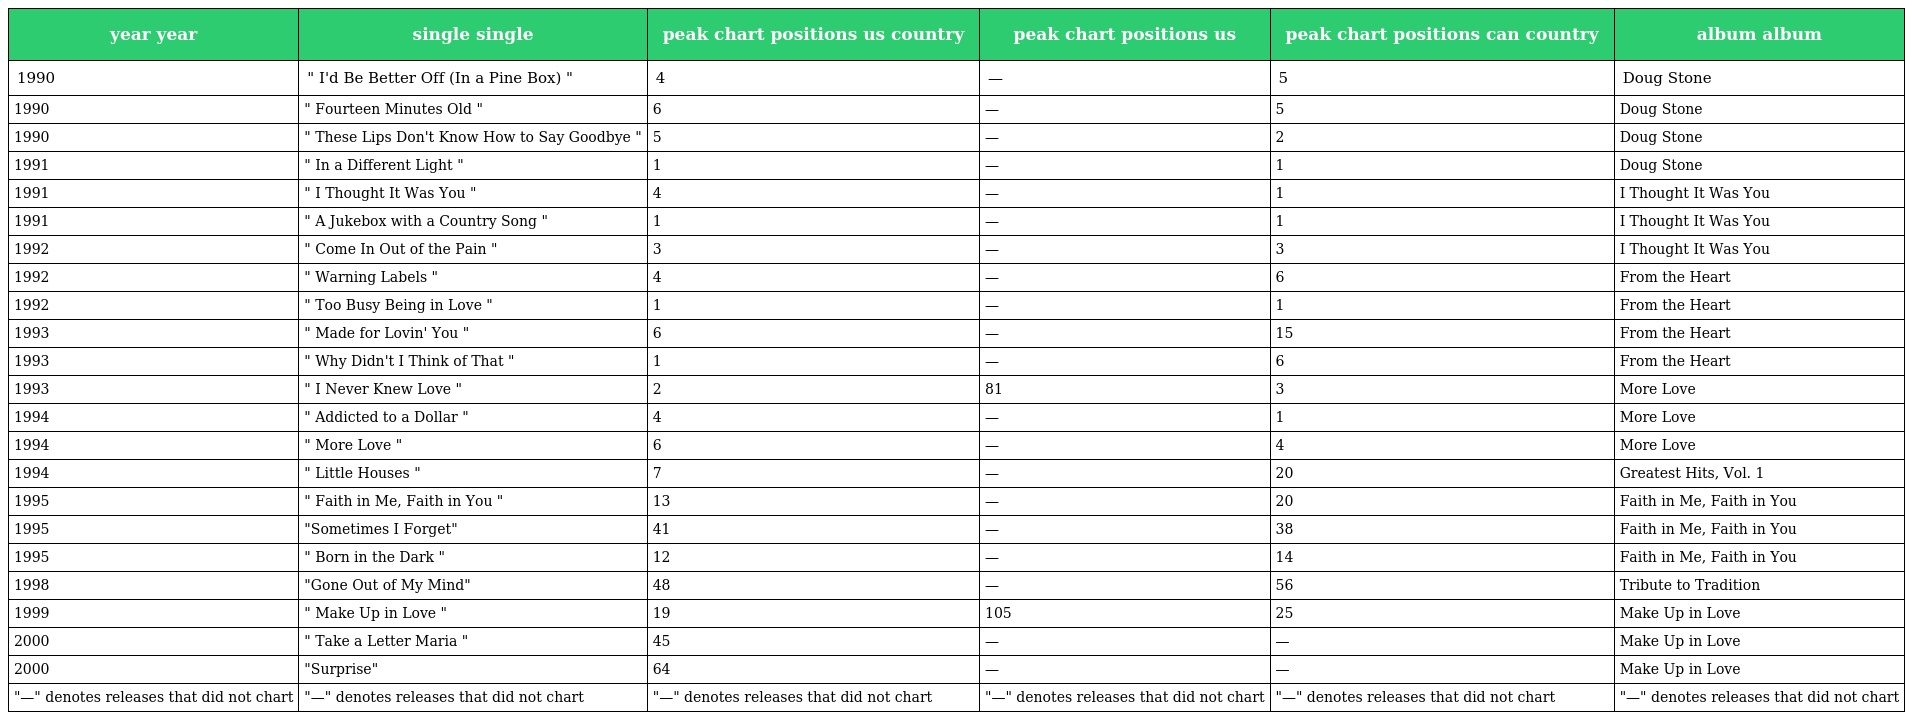
| year year | single single | peak chart positions us country | peak chart positions us | peak chart positions can country | album album |
 | --- | --- | --- | --- | --- | --- |
 | 1990 | " I'd Be Better Off (In a Pine Box) " | 4 | — | 5 | Doug Stone |
 | 1990 | " Fourteen Minutes Old " | 6 | — | 5 | Doug Stone |
 | 1990 | " These Lips Don't Know How to Say Goodbye " | 5 | — | 2 | Doug Stone |
 | 1991 | " In a Different Light " | 1 | — | 1 | Doug Stone |
 | 1991 | " I Thought It Was You " | 4 | — | 1 | I Thought It Was You |
 | 1991 | " A Jukebox with a Country Song " | 1 | — | 1 | I Thought It Was You |
 | 1992 | " Come In Out of the Pain " | 3 | — | 3 | I Thought It Was You |
 | 1992 | " Warning Labels " | 4 | — | 6 | From the Heart |
 | 1992 | " Too Busy Being in Love " | 1 | — | 1 | From the Heart |
 | 1993 | " Made for Lovin' You " | 6 | — | 15 | From the Heart |
 | 1993 | " Why Didn't I Think of That " | 1 | — | 6 | From the Heart |
 | 1993 | " I Never Knew Love " | 2 | 81 | 3 | More Love |
 | 1994 | " Addicted to a Dollar " | 4 | — | 1 | More Love |
 | 1994 | " More Love " | 6 | — | 4 | More Love |
 | 1994 | " Little Houses " | 7 | — | 20 | Greatest Hits, Vol. 1 |
 | 1995 | " Faith in Me, Faith in You " | 13 | — | 20 | Faith in Me, Faith in You |
 | 1995 | "Sometimes I Forget" | 41 | — | 38 | Faith in Me, Faith in You |
 | 1995 | " Born in the Dark " | 12 | — | 14 | Faith in Me, Faith in You |
 | 1998 | "Gone Out of My Mind" | 48 | — | 56 | Tribute to Tradition |
 | 1999 | " Make Up in Love " | 19 | 105 | 25 | Make Up in Love |
 | 2000 | " Take a Letter Maria " | 45 | — | — | Make Up in Love |
 | 2000 | "Surprise" | 64 | — | — | Make Up in Love |
 | "—" denotes releases that did not chart | "—" denotes releases that did not chart | "—" denotes releases that did not chart | "—" denotes releases that did not chart | "—" denotes releases that did not chart | "—" denotes releases that did not chart |